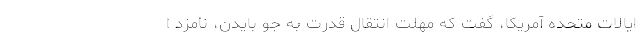
ایالات متحده آمریکا، گفت که مهلت انتقال قدرت به جو بایدن، نامزد ا